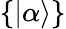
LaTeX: \{ \vert\alpha\rangle\}